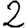
Digit: 2